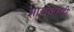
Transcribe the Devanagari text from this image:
शायरांवरही